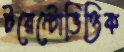
টরেন্টোভিত্তিক